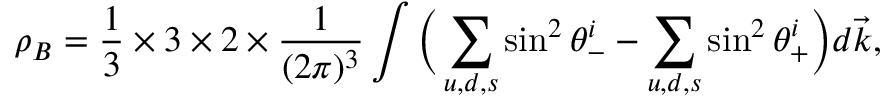
\rho _ { B } = \frac { 1 } { 3 } \times 3 \times 2 \times \frac { 1 } { ( 2 \pi ) ^ { 3 } } \int \Big ( \sum _ { u , d , s } \sin ^ { 2 } \theta _ { - } ^ { i } - \sum _ { u , d , s } \sin ^ { 2 } \theta _ { + } ^ { i } \Big ) d \vec { k } ,